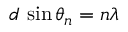
d \, \sin \theta _ { n } = n \lambda